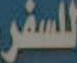
للسفر